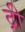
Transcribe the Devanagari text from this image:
द्री